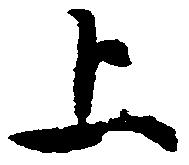
上